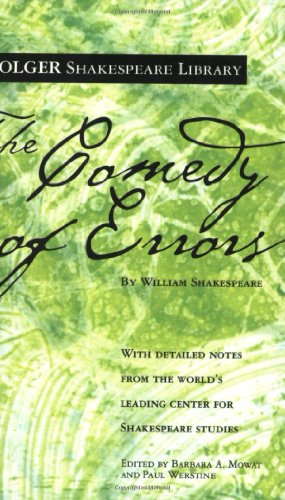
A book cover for The Comedy of Errors (Folger Shakespeare Library); William Shakespeare; Literature & Fiction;